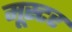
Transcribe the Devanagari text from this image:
मूस्टर